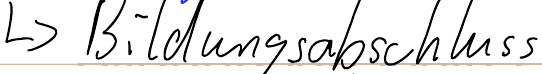
-> Bildungsabschluss